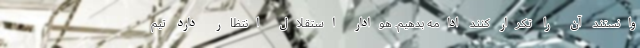
وانستند آن را تکرار کنند ادامه بدهیم. هوادار استقلال انتظار دارد تیم